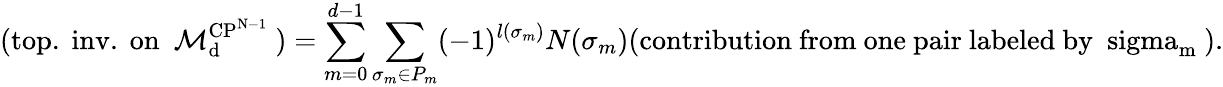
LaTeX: (\mathrm{top.~inv.~on~{\cal~M}_{d}^{CP^{N-1}}~})=\sum_{m=0}^{d-1}\sum_{\sigma_{m}\in P_{m}}(-1)^{l(\sigma_{m})}N(\sigma_{m})(\mathrm{contribution~from~one~pair~labeled~by~\ sigma_{m}~}).